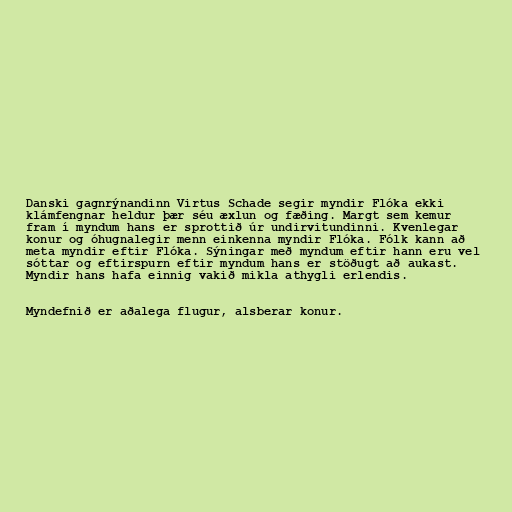
Danski gagnrýnandinn Virtus Schade segir myndir Flóka ekki
klámfengnar heldur þær séu æxlun og fæðing. Margt sem kemur
fram í myndum hans er sprottið úr undirvitundinni. Kvenlegar
konur og óhugnalegir menn einkenna myndir Flóka. Fólk kann að
meta myndir eftir Flóka. Sýningar með myndum eftir hann eru vel
sóttar og eftirspurn eftir myndum hans er stöðugt að aukast.
Myndir hans hafa einnig vakið mikla athygli erlendis.

Myndefnið er aðalega flugur, alsberar konur.